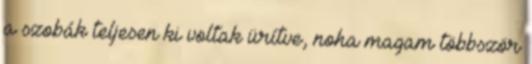
a szobák teljesen ki voltak ürítve, noha magam többször